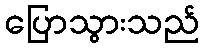
ပြောသွားသည်